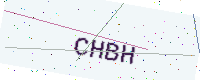
Text: CHBH